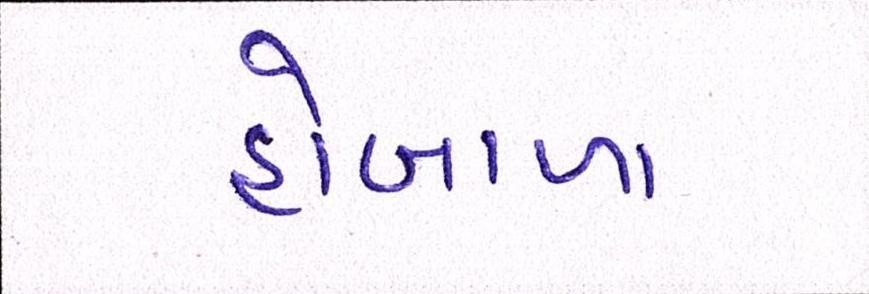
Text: હોબાળા